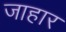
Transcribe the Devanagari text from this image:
जाहार